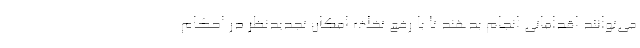
می‌توانند اقداماتی انجام بدهند تا با رفع تخلف امکان تجدیدنظر در احکام